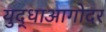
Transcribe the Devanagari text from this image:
युद्धाआगोदर